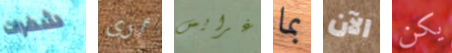
شفرات أرى غرايس بما الآن يكن